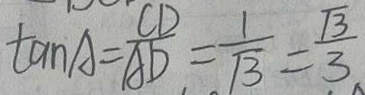
\tan A = \frac { C D } { A D } = \frac { 1 } { \sqrt { 3 } } = \frac { \sqrt { 3 } } { 3 }